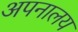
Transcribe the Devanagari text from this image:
अपनालय